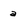
Character: a